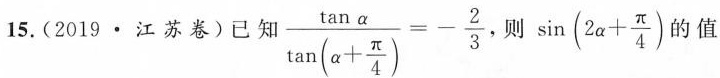
15.(2019 · 江苏卷)已知 $$\frac { \tan α } { \tan ( α + \frac { π } { 4 } ) } = - \frac { 2 } { 3 }$$ ，则 $$\sin ( 2 α + \frac { π } { 4 } )$$ 的值